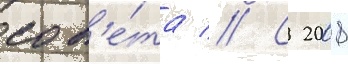
сов'е́та // С 2008